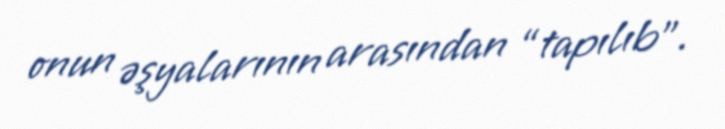
onun əşyalarının arasından “tapılıb”.